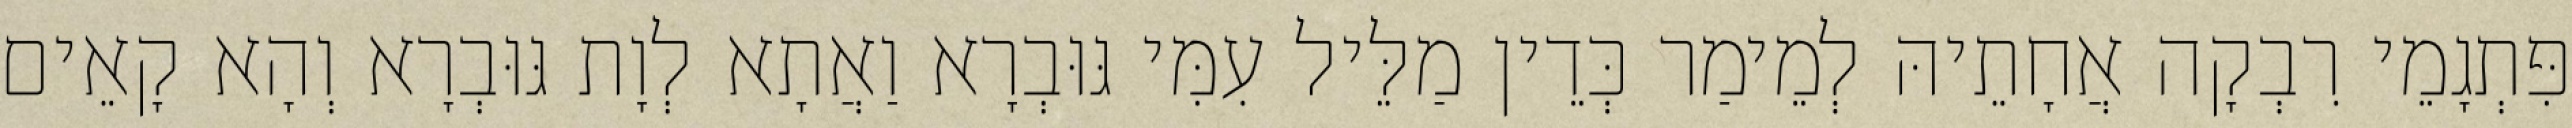
פִּתְגָמֵי רִבְקָה אֲחָתֵיהּ לְמֵימַר כְּדֵין מַלֵּיל עִמִּי גּוּבְרָא וַאֲתָא לְוָת גּוּבְרָא וְהָא קָאֵים